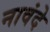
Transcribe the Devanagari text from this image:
नावंदे